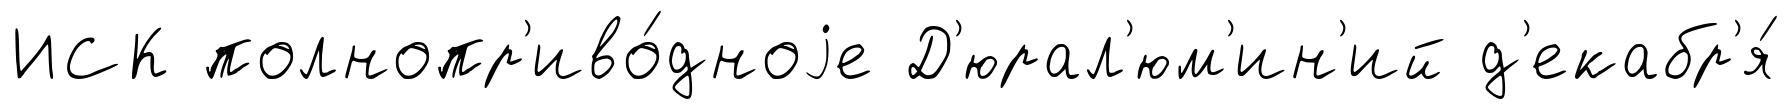
ИСК полнопр'иво́дноjе Д'юрал'юм'ин'ий д'екабр'я́